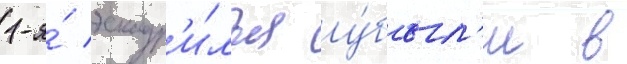
1-я́ эскадр'и́лья у́был'и в